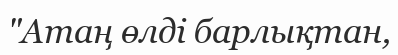
"Атаң өлді барлықтан,